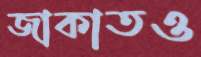
জাকাতও